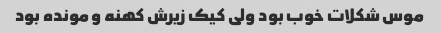
موس شکلات خوب بود ولی کیک زیرش کهنه و مونده بود